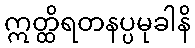
ဣတ္ထိရတနပ္ပမုခါနိ